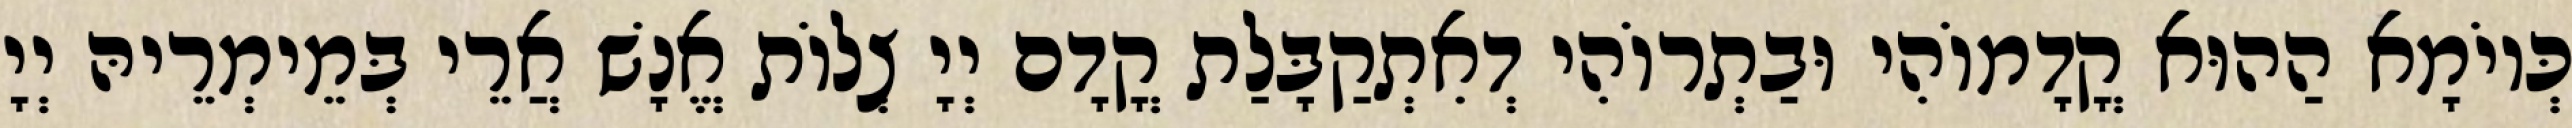
כְּיוֹמָא הַהוּא קֳדָמוֹהִי וּבַתְרוֹהִי דְאִתְקַבָּלַת קֳדָם יְיָ צְלוֹת אֱנָשׁ אֲרֵי בְּמֵימְרֵיהּ יְיָ